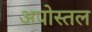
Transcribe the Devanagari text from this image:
अपोस्तल